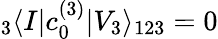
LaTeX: {}_{3}\langle I|c_{0}^{(3)}|V_{3}\rangle_{123}=0